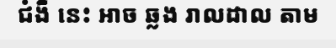
ជំងឺ នេះ អាច ឆ្លង រាលដាល តាម